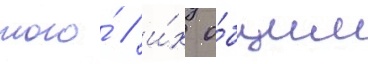
того́ / и́х о́бщим